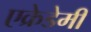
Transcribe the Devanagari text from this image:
एक्रेडेमी